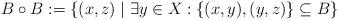
LaTeX: \begin{align*}B \circ B := \{(x,z) \mid \exists y \in X: \{(x,y),(y,z)\} \subseteq B \}\end{align*}